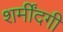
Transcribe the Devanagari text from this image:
शर्मींदगी